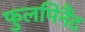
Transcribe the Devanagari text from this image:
फुलमिनैंट